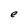
Character: e